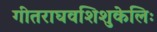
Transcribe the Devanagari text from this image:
गीतराघवशिशुकेलिः